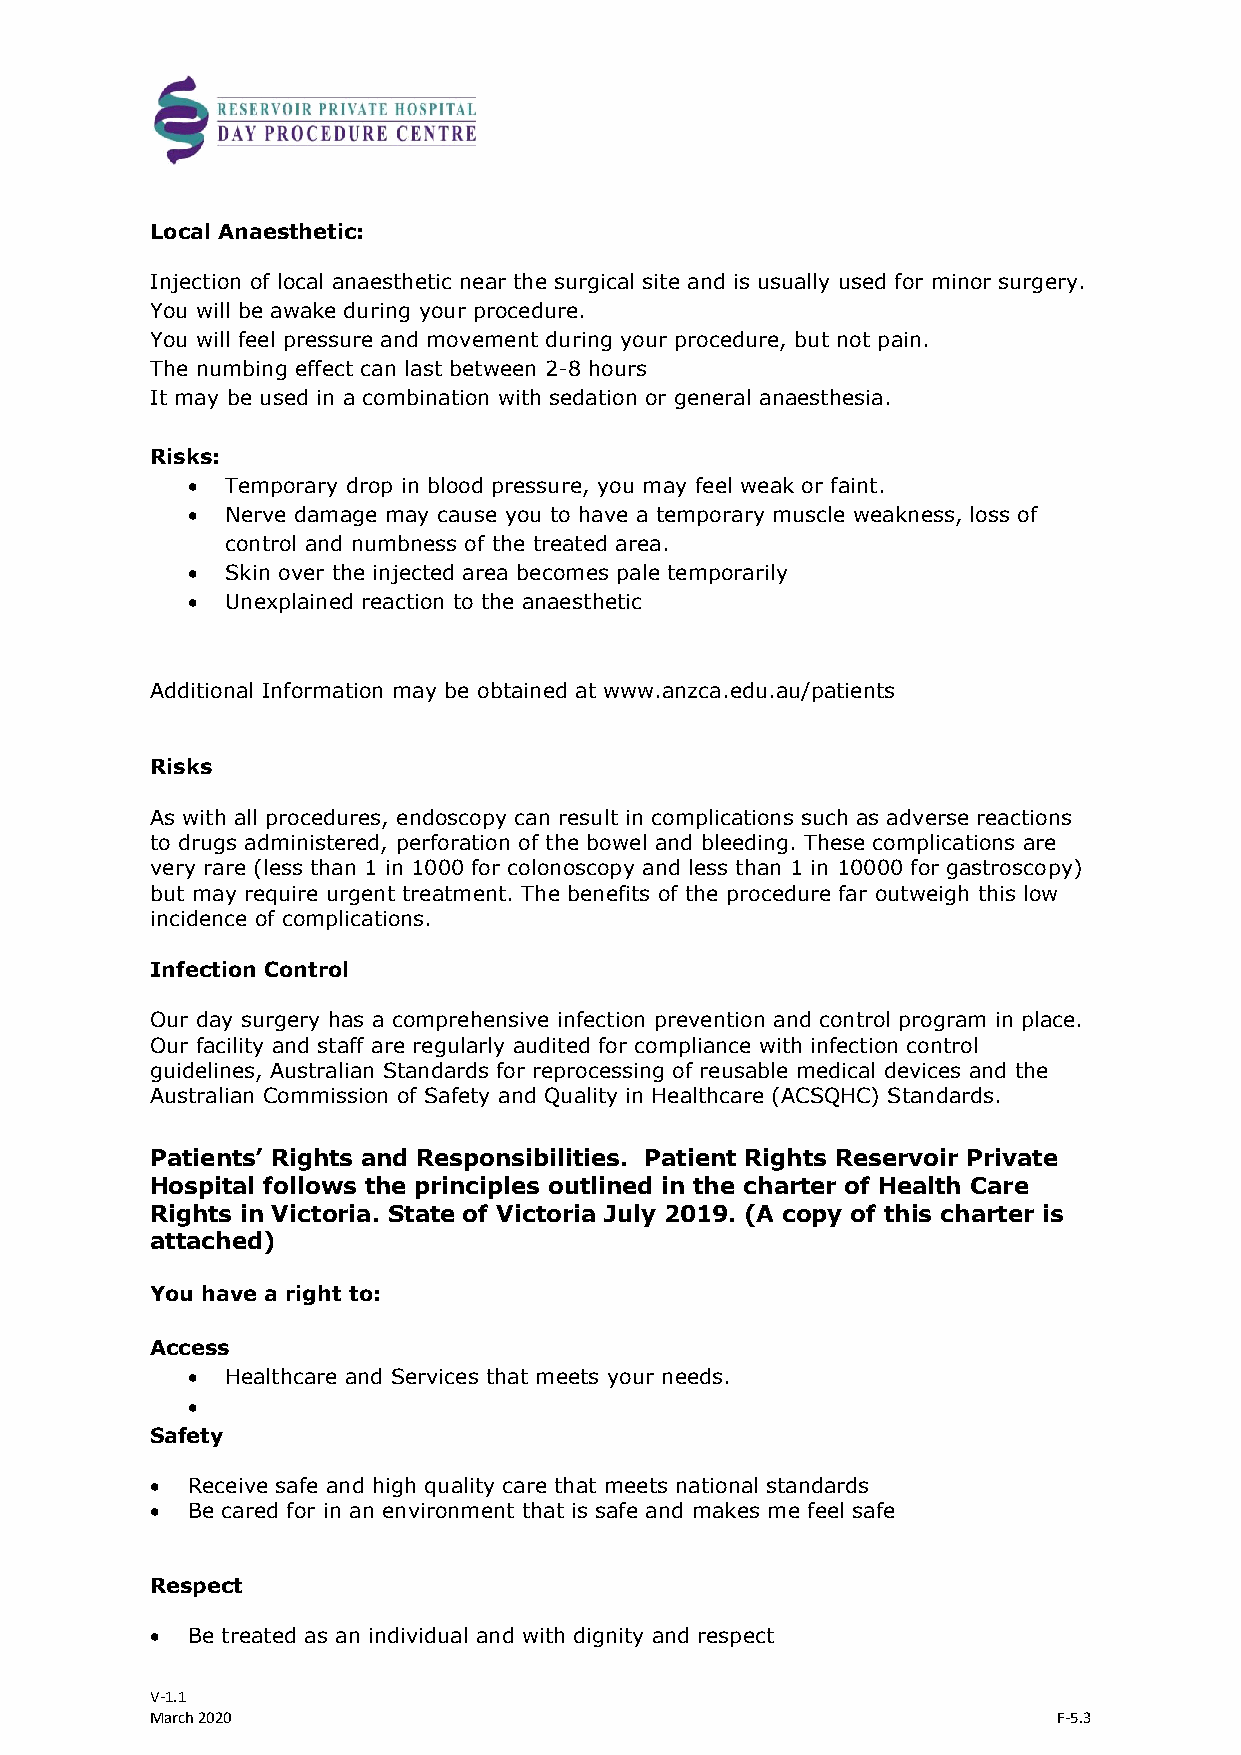
Local Anaesthetic:
 Injection of local anaesthetic near the surgical site and is usually used for minor surgery.
 You will be awake during your procedure.
 You will feel pressure and movement during your procedure, but not pain.
 The numbing effect can last between 2-8 hours
 It may be used in a combination with sedation or general anaesthesia.
 Risks:
   Temporary drop in blood pressure, you may feel weak or faint.
   Nerve damage may cause you to have a temporary muscle weakness, loss of
 control and numbness of the treated area.
   Skin over the injected area becomes pale temporarily
   Unexplained reaction to the anaesthetic
 Additional Information may be obtained at www.anzca.edu.au/patients
 Risks
 As with all procedures, endoscopy can result in complications such as adverse reactions
 to drugs administered, perforation of the bowel and bleeding. These complications are
 very rare (less than 1 in 1000 for colonoscopy and less than 1 in 10000 for gastroscopy)
 but may require urgent treatment. The benefits of the procedure far outweigh this low
 incidence of complications.
 Infection Control
 Our day surgery has a comprehensive infection prevention and control program in place.
 Our facility and staff are regularly audited for compliance with infection control
 guidelines, Australian Standards for reprocessing of reusable medical devices and the
 Australian Commission of Safety and Quality in Healthcare (ACSQHC) Standards.
 Patients’ Rights and Responsibilities. Patient Rights Reservoir Private
 Hospital follows the principles outlined in the charter of Health Care
 Rights in Victoria. State of Victoria July 2019. (A copy of this charter is
 attached)
 You have a right to:
 Access
   Healthcare and Services that meets your needs.
 
 Safety
  Receive safe and high quality care that meets national standards
  Be cared for in an environment that is safe and makes me feel safe
 Respect
  Be treated as an individual and with dignity and respect
 V-1.1
 March 2020                                                  F-5.3